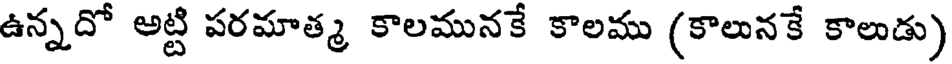
ఉన్నదో అట్టి పరమాత్మ కాలమునకే కాలము (కాలునకే కాలుడు)